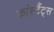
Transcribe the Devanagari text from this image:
कांस्टैंट्स